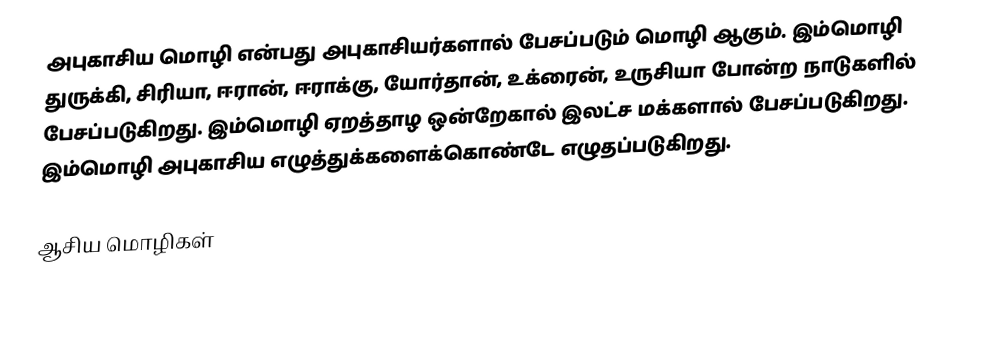
அபுகாசிய மொழி என்பது அபுகாசியர்களால் பேசப்படும் மொழி ஆகும். இம்மொழி துருக்கி, சிரியா, ஈரான், ஈராக்கு, யோர்தான், உக்ரைன், உருசியா போன்ற நாடுகளில் பேசப்படுகிறது. இம்மொழி ஏறத்தாழ ஒன்றேகால் இலட்ச மக்களால் பேசப்படுகிறது. இம்மொழி அபுகாசிய எழுத்துக்களைக்கொண்டே எழுதப்படுகிறது.

ஆசிய மொழிகள்